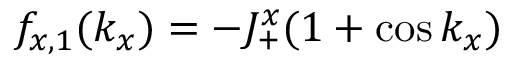
f _ { x , 1 } ( k _ { x } ) = - J _ { + } ^ { x } ( 1 + \cos k _ { x } )